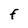
Character: F